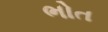
ભોત